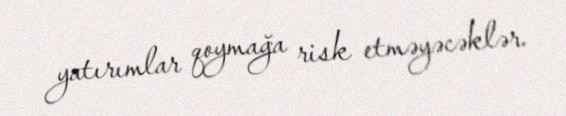
yatırımlar qoymağa risk etməyəcəklər.